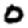
Digit: 0